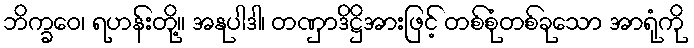
ဘိက္ခဝေ၊ ရဟန်းတို့။ အနုပါဒါ၊ တဏှာဒိဋ္ဌိအားဖြင့် တစ်စုံတစ်ခုသော အာရုံကို